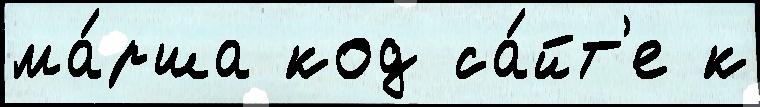
ма́рша код са́йт'е к